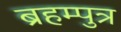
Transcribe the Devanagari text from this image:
ब्रहम्पुत्र